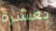
بعشرة